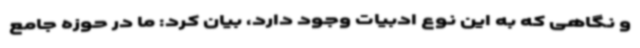
و نگاهی که به این نوع ادبیات وجود دارد، بیان کرد: ما در حوزه جامع